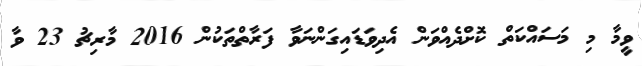
ވީމާ މި މަސައްކަތް ކޮށްދެއްވަން އެދިވަޑައިގަންނަވާ ފަރާތްތަކުން 2016 މާރިޗު 23 ވާ